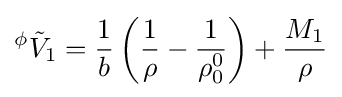
{}^{\phi }{\tilde {V}}_{1}={\frac {1}{b}}\left({\frac {1}{\rho }}-{\frac {1}{\rho _{0}^{0}}}\right)+{\frac {M_{1}}{\rho }}